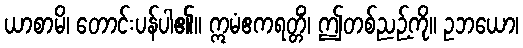
ယာစာမိ၊ တောင်းပန်ပါ၏။ ဣမံဧကရတ္တိံ၊ ဤတစ်ညဉ့်ကို။ ဥဘယော၊